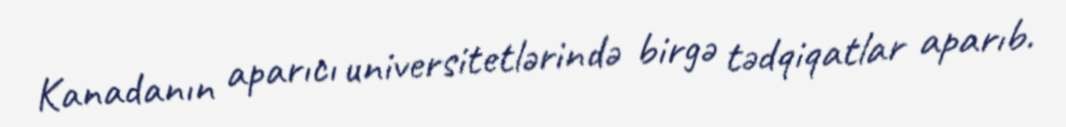
Kanadanın aparıcı universitetlərində birgə tədqiqatlar aparıb.